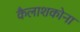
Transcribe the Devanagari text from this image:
कैलाशकोना